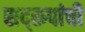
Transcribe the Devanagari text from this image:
सद्‌रुपांची